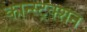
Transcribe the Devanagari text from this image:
कान्स्ट्रक्शन